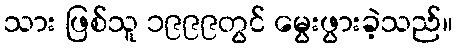
သား ဖြစ်သူ ၁၉၉၉တွင် မွေးဖွားခဲ့သည်။